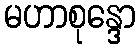
မဟာစုန္ဒော